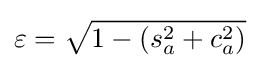
\varepsilon ={\sqrt {1-(s_{a}^{2}+c_{a}^{2})}}